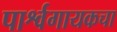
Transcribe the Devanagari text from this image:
पार्श्वगायकचा